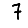
Digit: 7